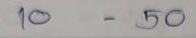
10 - 50